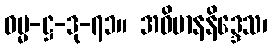
ဓမ္မ-ဋ္ဌ-ဒု-၇၁။ အဓိမာနနိဒ္ဒေသ၊